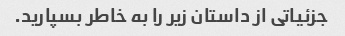
جزئیاتی از داستان زیر را به خاطر بسپارید.